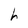
Character: h